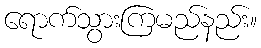
ရောက်သွားကြမည်နည်း။